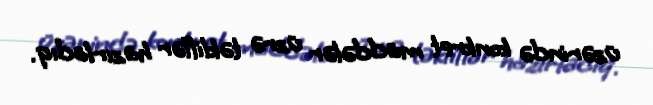
üzərində konkret maddələr üzrə təkliflər hazırladıq.